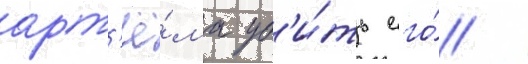
арт'ё́ма уб'и́ть его́ /